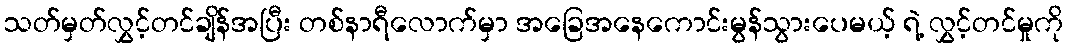
သတ်မှတ်လွှင့်တင်ချိန်အပြီး တစ်နာရီလောက်မှာ အခြေအနေကောင်းမွန်သွားပေမယ့် ရဲ့ လွှင့်တင်မှုကို